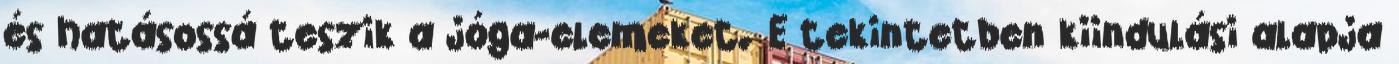
és hatásossá teszik a jóga-elemeket. E tekintetben kiindulási alapja